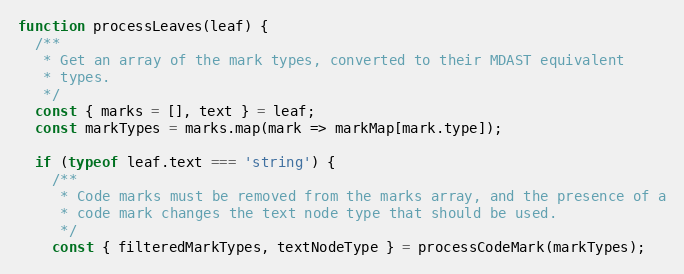
Language: JavaScript
function processLeaves(leaf) {
  /**
   * Get an array of the mark types, converted to their MDAST equivalent
   * types.
   */
  const { marks = [], text } = leaf;
  const markTypes = marks.map(mark => markMap[mark.type]);

  if (typeof leaf.text === 'string') {
    /**
     * Code marks must be removed from the marks array, and the presence of a
     * code mark changes the text node type that should be used.
     */
    const { filteredMarkTypes, textNodeType } = processCodeMark(markTypes);